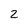
Character: 2